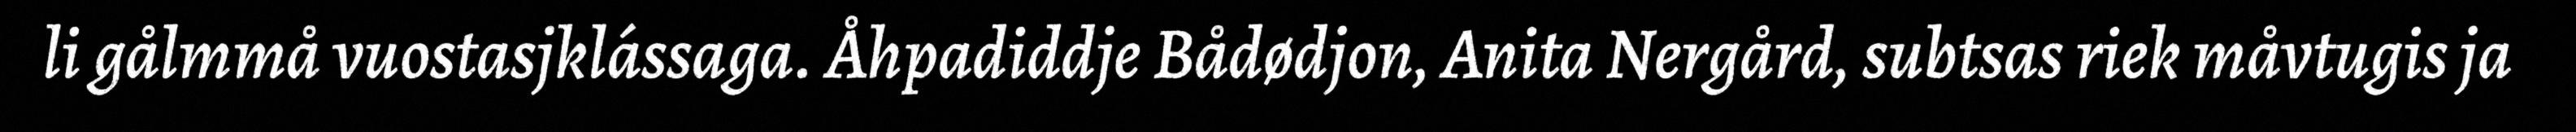
li gålmmå vuostasjklássaga. Åhpadiddje Bådødjon, Anita Nergård, subtsas riek måvtugis ja